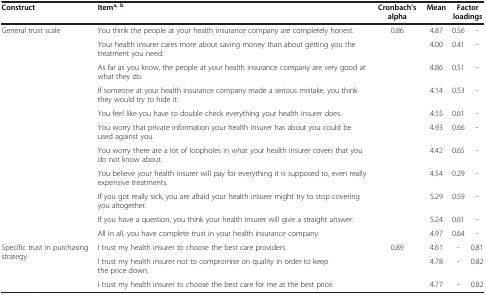
| Construct | Itema, b | Cronbach’s alpha | Mean | <COLSPAN=2> Factor loadings |
 | --- | --- | --- | --- | --- | --- |
 | General trust scale | You think the people at your health insurance company are completely honest. | 0.86 | 4.87 | 0.56 | - |
 |  | Your health insurer cares more about saving money than about getting you the treatment you need. |  | 4.00 | 0.41 | - |
 |  | As far as you know, the people at your health insurance company are very good at what they do. |  | 4.86 | 0.51 | - |
 |  | If someone at your health insurance company made a serious mistake, you think they would try to hide it. |  | 4.14 | 0.53 | - |
 |  | You feel like you have to double check everything your health insurer does. |  | 4.55 | 0.61 | - |
 |  | You worry that private information your health insurer has about you could be used against you. |  | 4.93 | 0.66 | - |
 |  | You worry there are a lot of loopholes in what your health insurer covers that you do not know about. |  | 4.42 | 0.65 | - |
 |  | You believe your health insurer will pay for everything it is supposed to, even really expensive treatments. |  | 4.54 | 0.29 | - |
 |  | If you got really sick, you are afraid your health insurer might try to stop covering you altogether. |  | 5.29 | 0.59 | - |
 |  | If you have a question, you think your health insurer will give a straight answer. |  | 5.24 | 0.61 | - |
 |  | All in all, you have complete trust in your health insurance company. |  | 4.97 | 0.64 | - |
 | <ROWSPAN=2> Specific trust in purchasing strategy | I trust my health insurer to choose the best care providers. | 0.89 | 4.61 | - | 0.81 |
 | I trust my health insurer not to compromise on quality in order to keep the price down. |  | 4.78 | - | 0.82 |
 |  | I trust my health insurer to choose the best care for me at the best price. |  | 4.77 | - | 0.82 |